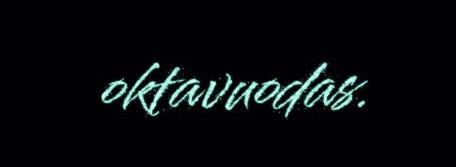
oktavuodas.